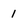
Character: 1